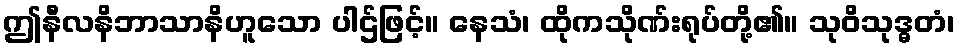
ဤနီလနိဘာသာနိဟူသော ပါဌ်ဖြင့်။ နေသံ၊ ထိုကသိုဏ်းရုပ်တို့၏။ သုဝိသုဒ္ဓတံ၊